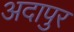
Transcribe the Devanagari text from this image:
अदापुर